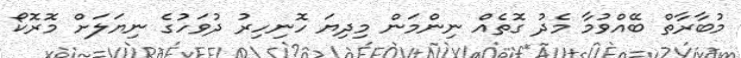
މުބާރާތް ބޭއްވުމާ މެދު ގޮތެއް ނިންމަން މިދިޔަ ހޮނިހިރު ދުވަހުގެ ނިޔަލަށް މޮރޮކޯ